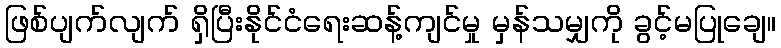
ဖြစ်ပျက်လျက် ရှိပြီးနိုင်ငံရေးဆန့်ကျင်မှု မှန်သမျှကို ခွင့်မပြုချေ။